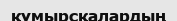
құмырсқалардың